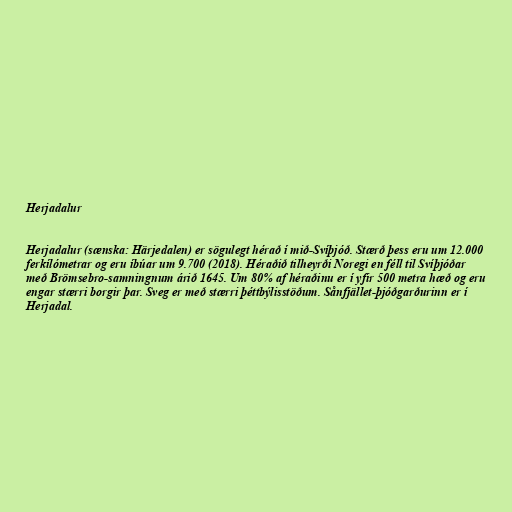
Herjadalur

Herjadalur (sænska: Härjedalen) er sögulegt hérað í mið-Svíþjóð. Stærð þess eru um 12.000
ferkílómetrar og eru íbúar um 9.700 (2018). Héraðið tilheyrði Noregi en féll til Svíþjóðar
með Brömsebro-samningnum árið 1645. Um 80% af héraðinu er í yfir 500 metra hæð og eru
engar stærri borgir þar. Sveg er með stærri þéttbýlisstöðum. Sånfjället-þjóðgarðurinn er í
Herjadal.